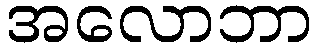
အလောဘာ